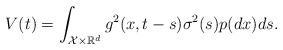
LaTeX: \begin{align*} V(t)=\int_{\mathcal{X} \times \mathbb{R}^d}g^2(x,t-s)\sigma^2(s)p(dx)ds.\end{align*}